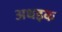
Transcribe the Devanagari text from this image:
अधइक